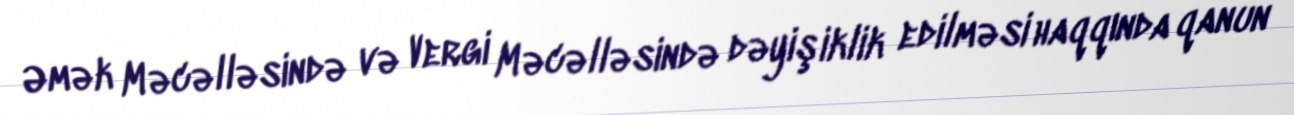
Əmək Məcəlləsində və Vergi Məcəlləsində dəyişiklik edilməsi haqqında qanun